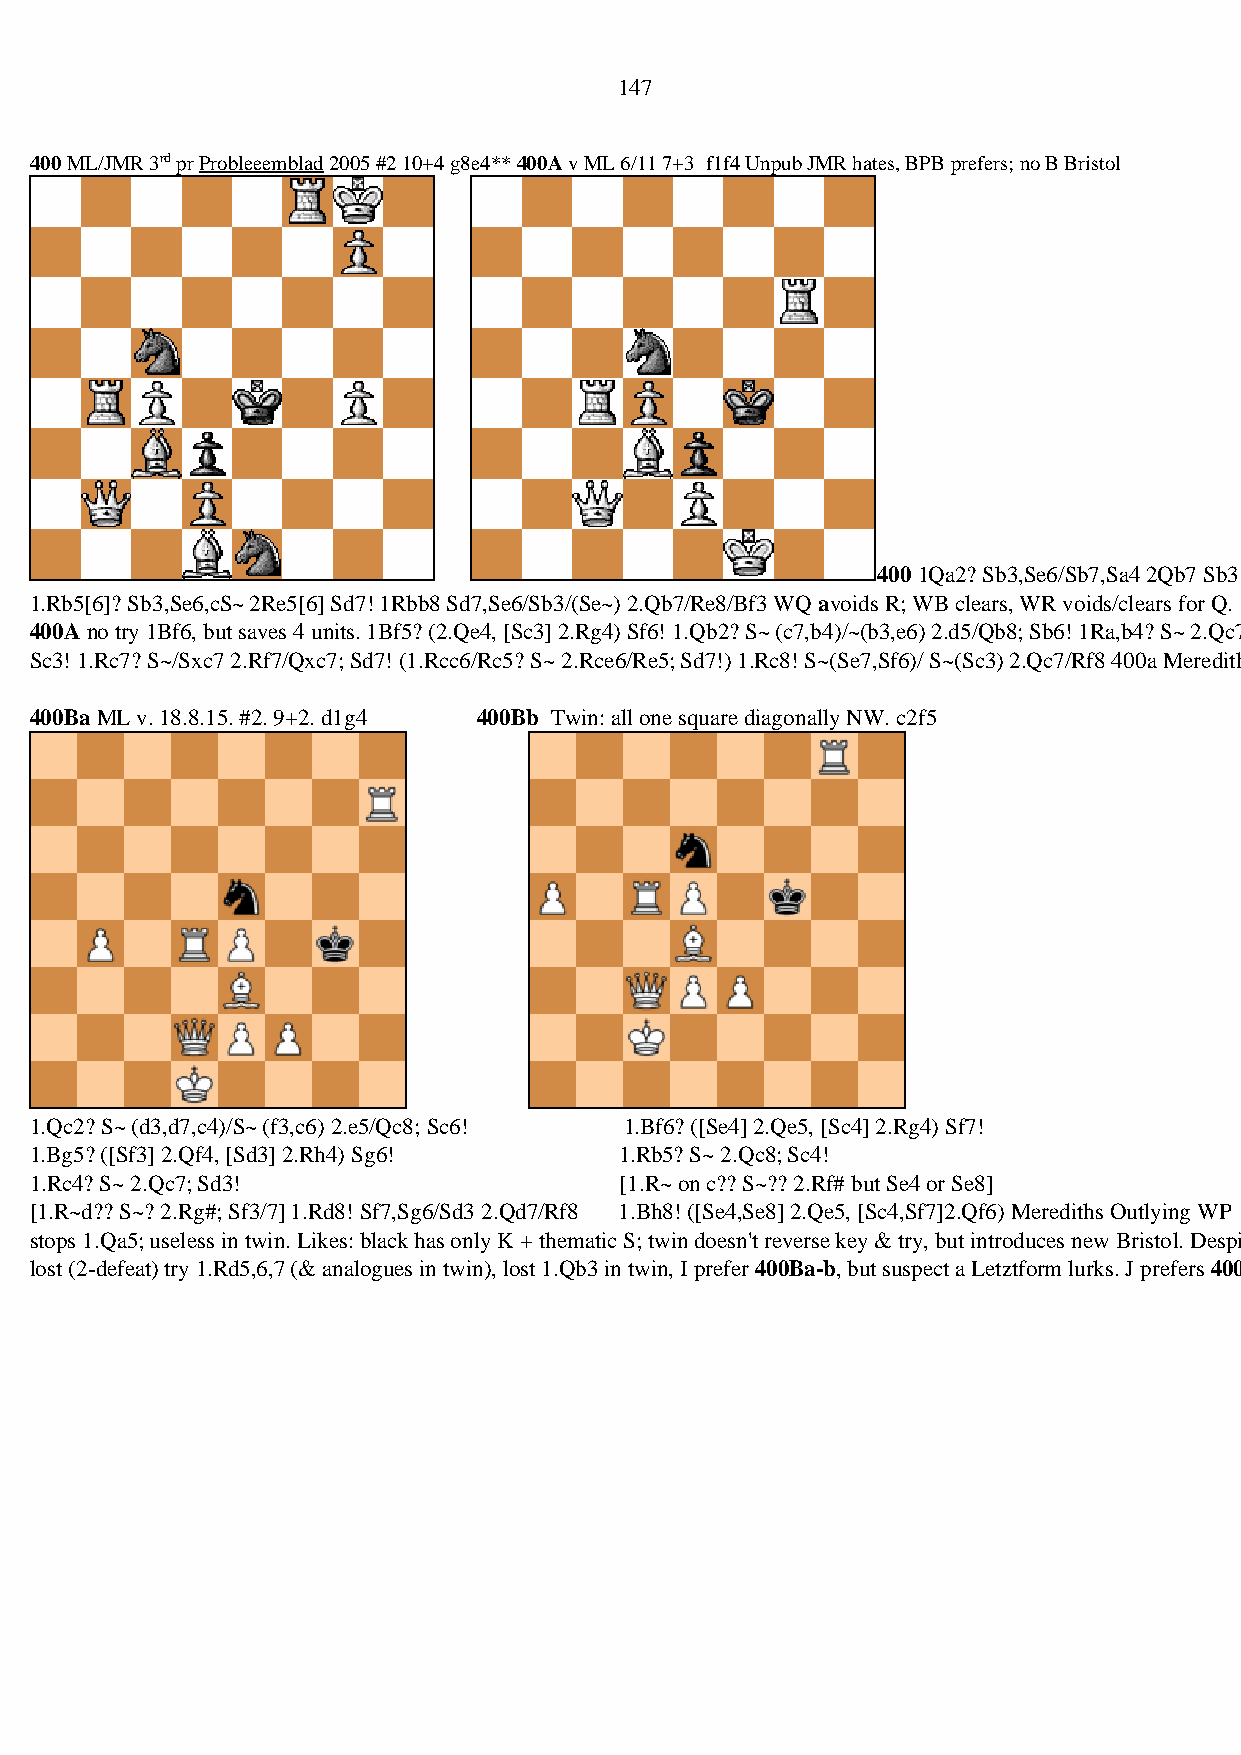
147
 400 ML/JMR 3rd pr Probleeemblad 2005 #2 10+4 g8e4** 400A v ML 6/11 7+3 f1f4 Unpub JMR hates, BPB prefers; no B Bristol
 400 1Qa2? Sb3,Se6/Sb7,Sa4 2Qb7 Sb3!
 1.Rb5[6]? Sb3,Se6,cS~ 2Re5[6] Sd7! 1Rbb8 Sd7,Se6/Sb3/(Se~) 2.Qb7/Re8/Bf3 WQ avoids R; WB clears, WR voids/clears for Q.
 400A no try 1Bf6, but saves 4 units. 1Bf5? (2.Qe4, [Sc3] 2.Rg4) Sf6! 1.Qb2? S~ (c7,b4)/~(b3,e6) 2.d5/Qb8; Sb6! 1Ra,b4? S~ 2.Qc7;
 Sc3! 1.Rc7? S~/Sxc7 2.Rf7/Qxc7; Sd7! (1.Rcc6/Rc5? S~ 2.Rce6/Re5; Sd7!) 1.Rc8! S~(Se7,Sf6)/ S~(Sc3) 2.Qc7/Rf8 400a Meredith.
 400Ba ML v. 18.8.15. #2. 9+2. d1g4 400Bb Twin: all one square diagonally NW. c2f5
 1.Qc2? S~ (d3,d7,c4)/S~ (f3,c6) 2.e5/Qc8; Sc6! 1.Bf6? ([Se4] 2.Qe5, [Sc4] 2.Rg4) Sf7!
 1.Bg5? ([Sf3] 2.Qf4, [Sd3] 2.Rh4) Sg6! 1.Rb5? S~ 2.Qc8; Sc4!
 1.Rc4? S~ 2.Qc7; Sd3!                  [1.R~ on c?? S~?? 2.Rf# but Se4 or Se8]
 [1.R~d?? S~? 2.Rg#; Sf3/7] 1.Rd8! Sf7,Sg6/Sd3 2.Qd7/Rf8 1.Bh8! ([Se4,Se8] 2.Qe5, [Sc4,Sf7]2.Qf6) Merediths Outlying WP
 stops 1.Qa5; useless in twin. Likes: black has only K + thematic S; twin doesn't reverse key & try, but introduces new Bristol. Despite
 lost (2-defeat) try 1.Rd5,6,7 (& analogues in twin), lost 1.Qb3 in twin, I prefer 400Ba-b, but suspect a Letztform lurks. J prefers 400.